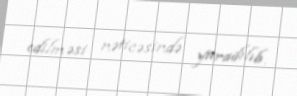
edilməsi nəticəsində yaradılıb.